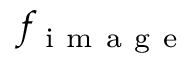
f _ { \mathrm { ~ i ~ m ~ a ~ g ~ e ~ } }